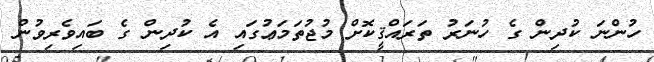
ހުންނަ ކުދިން ގެ ހުނަރު ތަރައްޤީކޮށް މުޖުތަމަޢުގައި އެ ކުދިން ގެ ބައިވެރިވުން